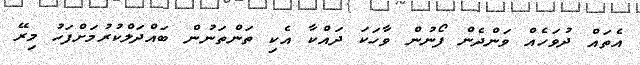
އެތައް ދުވަހެއް ވަންދެން ފޯނުން ވާހަކަ ދައްކާ އެކި ތަންތަނުން ބައްދަލްކުރުމަށްފަހު މިރޭ